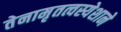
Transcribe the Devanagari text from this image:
तेनामृतत्वस्येशाने